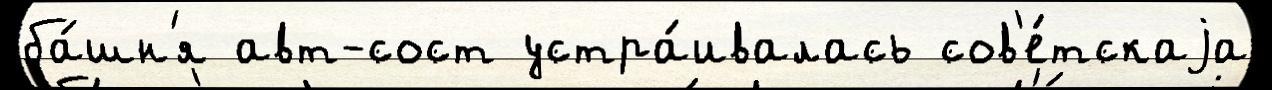
ба́шн'я авт-сост устра́ивалась сов'е́тскаjа